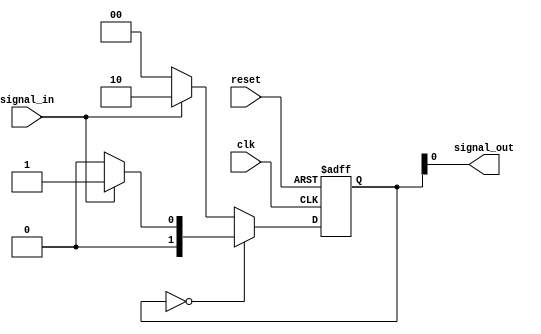
// active high single pulser
module single_pulser(
  input wire signal_in,
  output wire signal_out,
  input wire clk,
  input wire reset
);

parameter sLow = 2'b00;
parameter sFHigh = 2'b01;
parameter sHigh = 2'b10;

reg [1:0] c_state, n_state;

assign signal_out = c_state[0];

always @( posedge clk or posedge reset ) begin
  if( reset ) begin
    c_state = sLow;
  end else begin
    c_state = n_state;
  end
end

always @( * ) begin
  if( c_state == sLow ) begin
    if( signal_in == 1 ) begin
      n_state = sFHigh;
    end else begin
      n_state = sLow;
    end
  end else begin
    if( signal_in == 1 ) begin
      n_state = sHigh;
    end else begin
      n_state = sLow;
    end
  end
end

endmodule // single_pulser